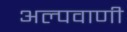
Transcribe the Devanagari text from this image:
अल्पवाणी